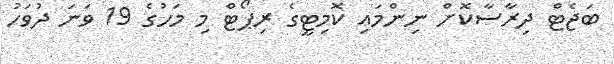
ބަޖެޓް ދިރާސާކޮށް ނިންމައި ކޮމިޓީގެ ރިޕޯޓް މި މަހުގެ 19 ވަނަ ދުވަހު